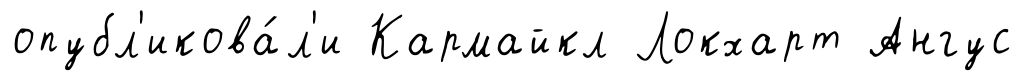
опубл'икова́л'и Кармайкл Локхарт Ангус